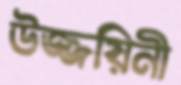
উজ্জয়িনী